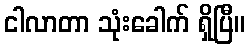
ငါလာတာ သုံးခေါက် ရှိပြီ။